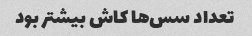
تعداد سس‌ها کاش بیشتر بود